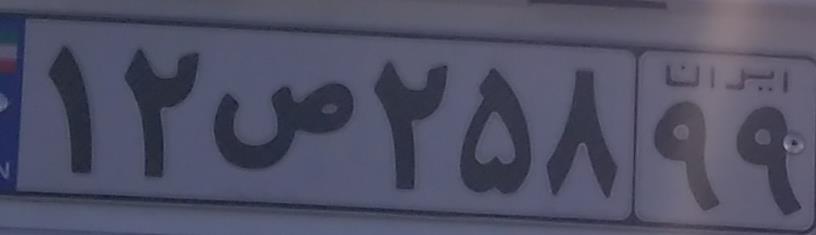
۱۲ص۲۵۸۹۹